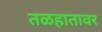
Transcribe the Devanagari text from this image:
तळहातावर